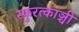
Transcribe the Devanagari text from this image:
स्फुरत्काञ्ची